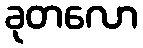
ခုတလော